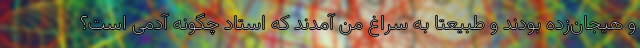
و هیجان‌زده بودند و طبیعتا به سراغ من آمدند که استاد چگونه آدمی است؟